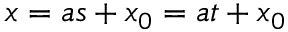
x = a s + x _ { 0 } = a t + x _ { 0 }